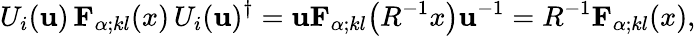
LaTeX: U_{i}(\mathbf{u})\, {\mathbf{{F}}}_{\alpha;kl}(x)\, U_{i}(\mathbf{u})^{\dagger}=\mathbf{u}{\mathbf{{F}}}_{\alpha;kl}\bigl(R^{-1}x\bigr)\mathbf{u}^{-1}=R^{-1}{\mathbf{{F}}}_{\alpha;kl}(x),